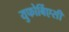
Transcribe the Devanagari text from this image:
युफोर्बिएसी